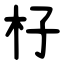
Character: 杍